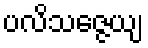
ပလိသဇ္ဇေယျ